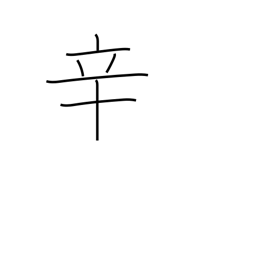
Meaning: hot